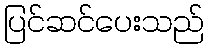
ပြင်ဆင်ပေးသည်